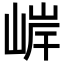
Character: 𫶂